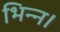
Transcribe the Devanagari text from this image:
भिन्‍न।